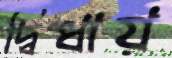
দ্বিধায়